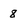
Character: 8